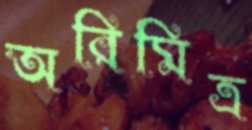
অরিমিত্র